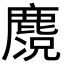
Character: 𪋃